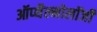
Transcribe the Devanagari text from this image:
ऑप्थैल्मोलॉजी